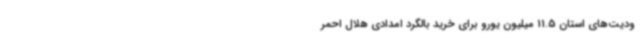
ودیت‌های استان 11.5 میلیون یورو برای خرید بالگرد امدادی هلال احمر